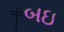
બઇ